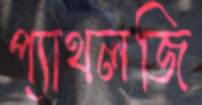
প্যাথলজি